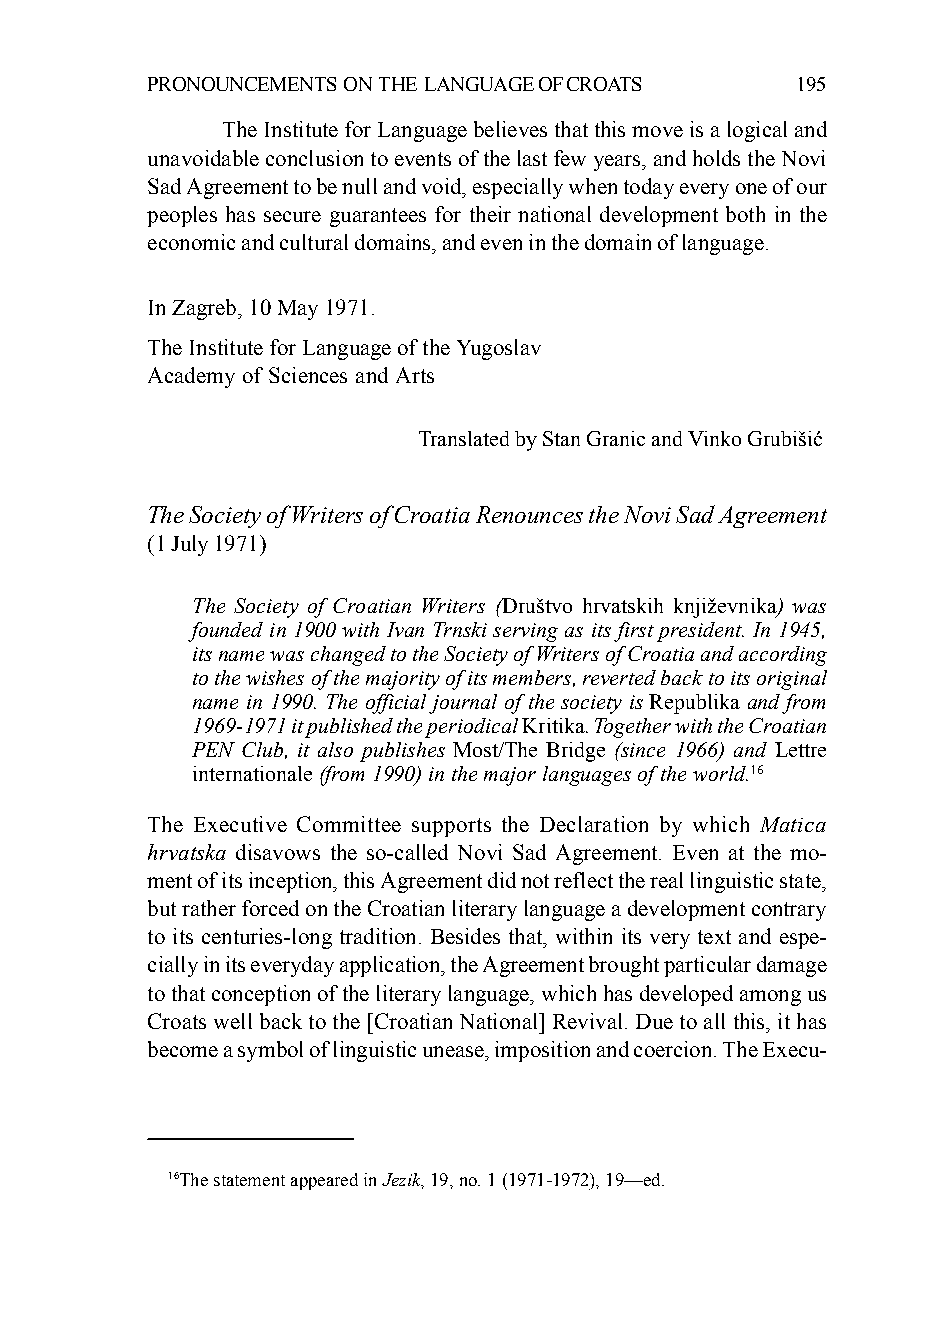
PRONOUNCEMENTS ON THE LANGUAGE OF CROATS   195
 The Institute for Language believes that this move is a logical and
 unavoidable conclusion to events of the last few years, and holds the Novi
 Sad Agreement to be null and void, especially when today every one of our
 peoples has secure guarantees for their national development both in the
 economic and cultural domains, and even in the domain of language.
 In Zagreb, 10 May 1971.
 The Institute for Language of the Yugoslav
 Academy of Sciences and Arts
 Translated by Stan Granic and Vinko Grubišić
 The Society of Writers of Croatia Renounces the Novi Sad Agreement
 (1 July 1971)
 The Society of Croatian Writers (Društvo hrvatskih književnika) was
 founded in 1900 with Ivan Trnski serving as its first president. In 1945,
 its name was changed to the Society of Writers of Croatia and according
 to the wishes of the majority of its members, reverted back to its original
 name in 1990. The official journal of the society is Republika and from
 1969-1971 it published the periodical Kritika. Together with the Croatian
 PEN Club, it also publishes Most/The Bridge (since 1966) and Lettre
 internationale (from 1990) in the major languages of the world.16
 The Executive Committee supports the Declaration by which Matica
 hrvatska disavows the so-called Novi Sad Agreement. Even at the mo-
 ment of its inception, this Agreement did not reflect the real linguistic state,
 but rather forced on the Croatian literary language a development contrary
 to its centuries-long tradition. Besides that, within its very text and espe-
 cially in its everyday application, the Agreement brought particular damage
 to that conception of the literary language, which has developed among us
 Croats well back to the [Croatian National] Revival. Due to all this, it has
 become a symbol of linguistic unease, imposition and coercion. The Execu-
 16The statement appeared in Jezik, 19, no. 1 (1971-1972), 19—ed.